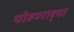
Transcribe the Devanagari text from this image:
पोहणार्‍या